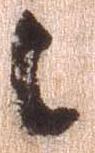
々